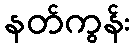
နတ်ကွန်း